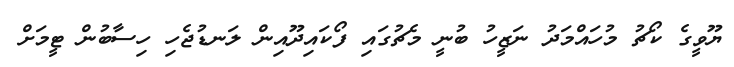
ޔޫވީގެ ކޯޗު މުހައްމަދު ނަޒީހު ބުނީ މެޗުގައި ފޯކައިދޫއިން ލަނޑުޖެހި ހިސާބުން ޓީމަށް